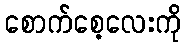
စောက်စေ့လေးကို